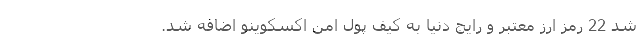
شد 22 رمز ارز معتبر و رایج دنیا به کیف پول امن اکسکوینو اضافه شد.